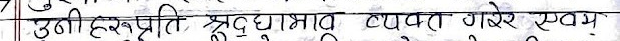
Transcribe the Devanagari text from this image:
उनीहरुप्रति श्रद्धाभाव व्यक्त गरिरहेछन् ।